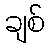
ချစ်